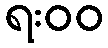
ရး၀၀